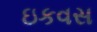
ઇકવસ